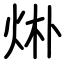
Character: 烞